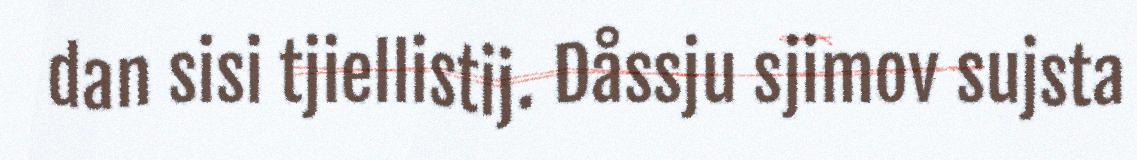
dan sisi tjiellistij. Dåssju sjimov sujsta